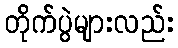
တိုက်ပွဲများလည်း